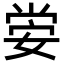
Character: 𡝷